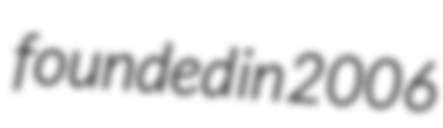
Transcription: founded in 2006